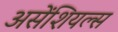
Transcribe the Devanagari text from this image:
असेंशियल्स